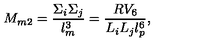
M _ { m 2 } = { \frac { \Sigma _ { i } \Sigma _ { j } } { l _ { m } ^ { 3 } } } = { \frac { R V _ { 6 } } { L _ { i } L _ { j } l _ { p } ^ { 6 } } } ,